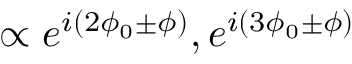
\propto e ^ { i ( 2 \phi _ { 0 } \pm \phi ) } , e ^ { i ( 3 \phi _ { 0 } \pm \phi ) }